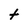
Character: t